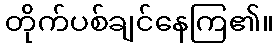
တိုက်ပစ်ချင်နေကြ၏။